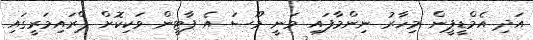
އަދި އެމްޑީޕީން މިހާރު ނިންމާފައި ވަނީ މޫސަ އެ ޕާޓީން ވަކިކޮށް ޕްރައިމަރީގައި